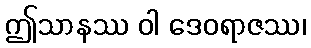
ဤသာနဿ ဝါ ဒေဝရာဇဿ၊